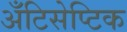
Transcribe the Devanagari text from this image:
अँटिसेप्टिक